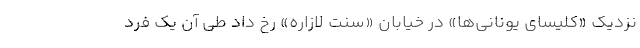
نزدیک «کلیسای یونانی‌ها» در خیابان «سنت لازاره» رخ داد طی آن یک فرد